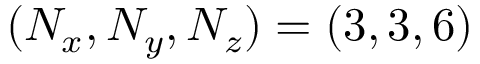
( N _ { x } , N _ { y } , N _ { z } ) = ( 3 , 3 , 6 )